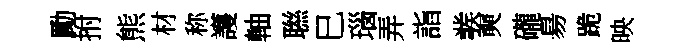
勵拊熊材称護軸聮巳瑙弄詣彂奭礲昜跪映